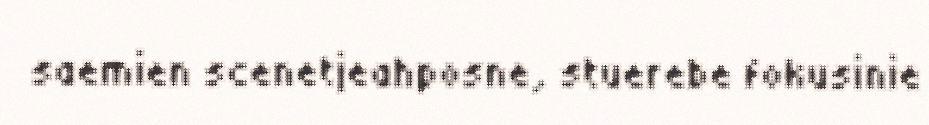
saemien scenetjeahposne, stuerebe fokusinie